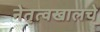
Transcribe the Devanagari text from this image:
नेतृत्वखालचे